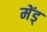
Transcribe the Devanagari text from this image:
मेंड्